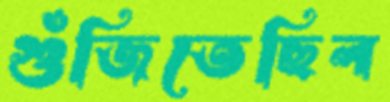
গুঁজিতেছিল